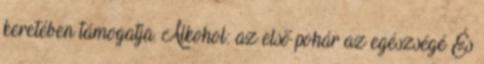
keretében támogatja. Alkohol: az első pohár az egészségé És